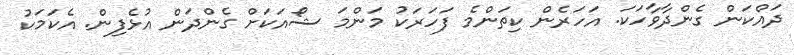
ދައްކަން ގެންދާވާހަކަ. އަހަރެން ކިތަންމެ ފަހަރަކު މަންމަ ޝޯއަކަށް ގެންދަން އުޅެފިން. އެކަމަކު